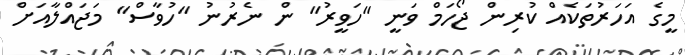
މީގެ އަހަރުތަކެއް ކުރިން ޖޯހަމް ވަނީ "ހަވީރު" ން ނެރުނު "ހުވާސް" މަޖައްލާއަށް